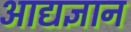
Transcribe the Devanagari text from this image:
आद्यज्ञान